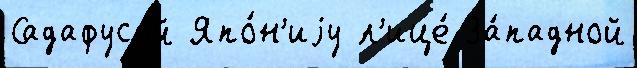
Садафусой Япо́н'иjу л'ице́ За́падной